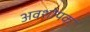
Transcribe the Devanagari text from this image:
अवशोपक